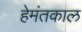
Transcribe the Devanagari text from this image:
हेमंतकाल